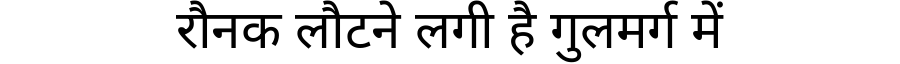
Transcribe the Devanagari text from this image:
रौनक लौटने लगी है गुलमर्ग में